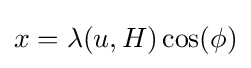
x=\lambda (u,H)\cos(\phi )